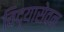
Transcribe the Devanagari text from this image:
विद्यासेवन